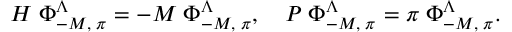
{ \cal H } \; \Phi _ { - M , \; \pi } ^ { \Lambda } = - M \; \Phi _ { - M , \; \pi } ^ { \Lambda } , \quad { \cal P } \; \Phi _ { - M , \; \pi } ^ { \Lambda } = \pi \; \Phi _ { - M , \; \pi } ^ { \Lambda } .